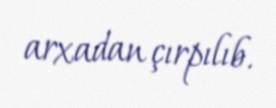
arxadan çırpılıb.